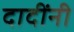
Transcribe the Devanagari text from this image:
दादींनी